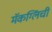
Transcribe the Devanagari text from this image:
मॅकग्लिंची